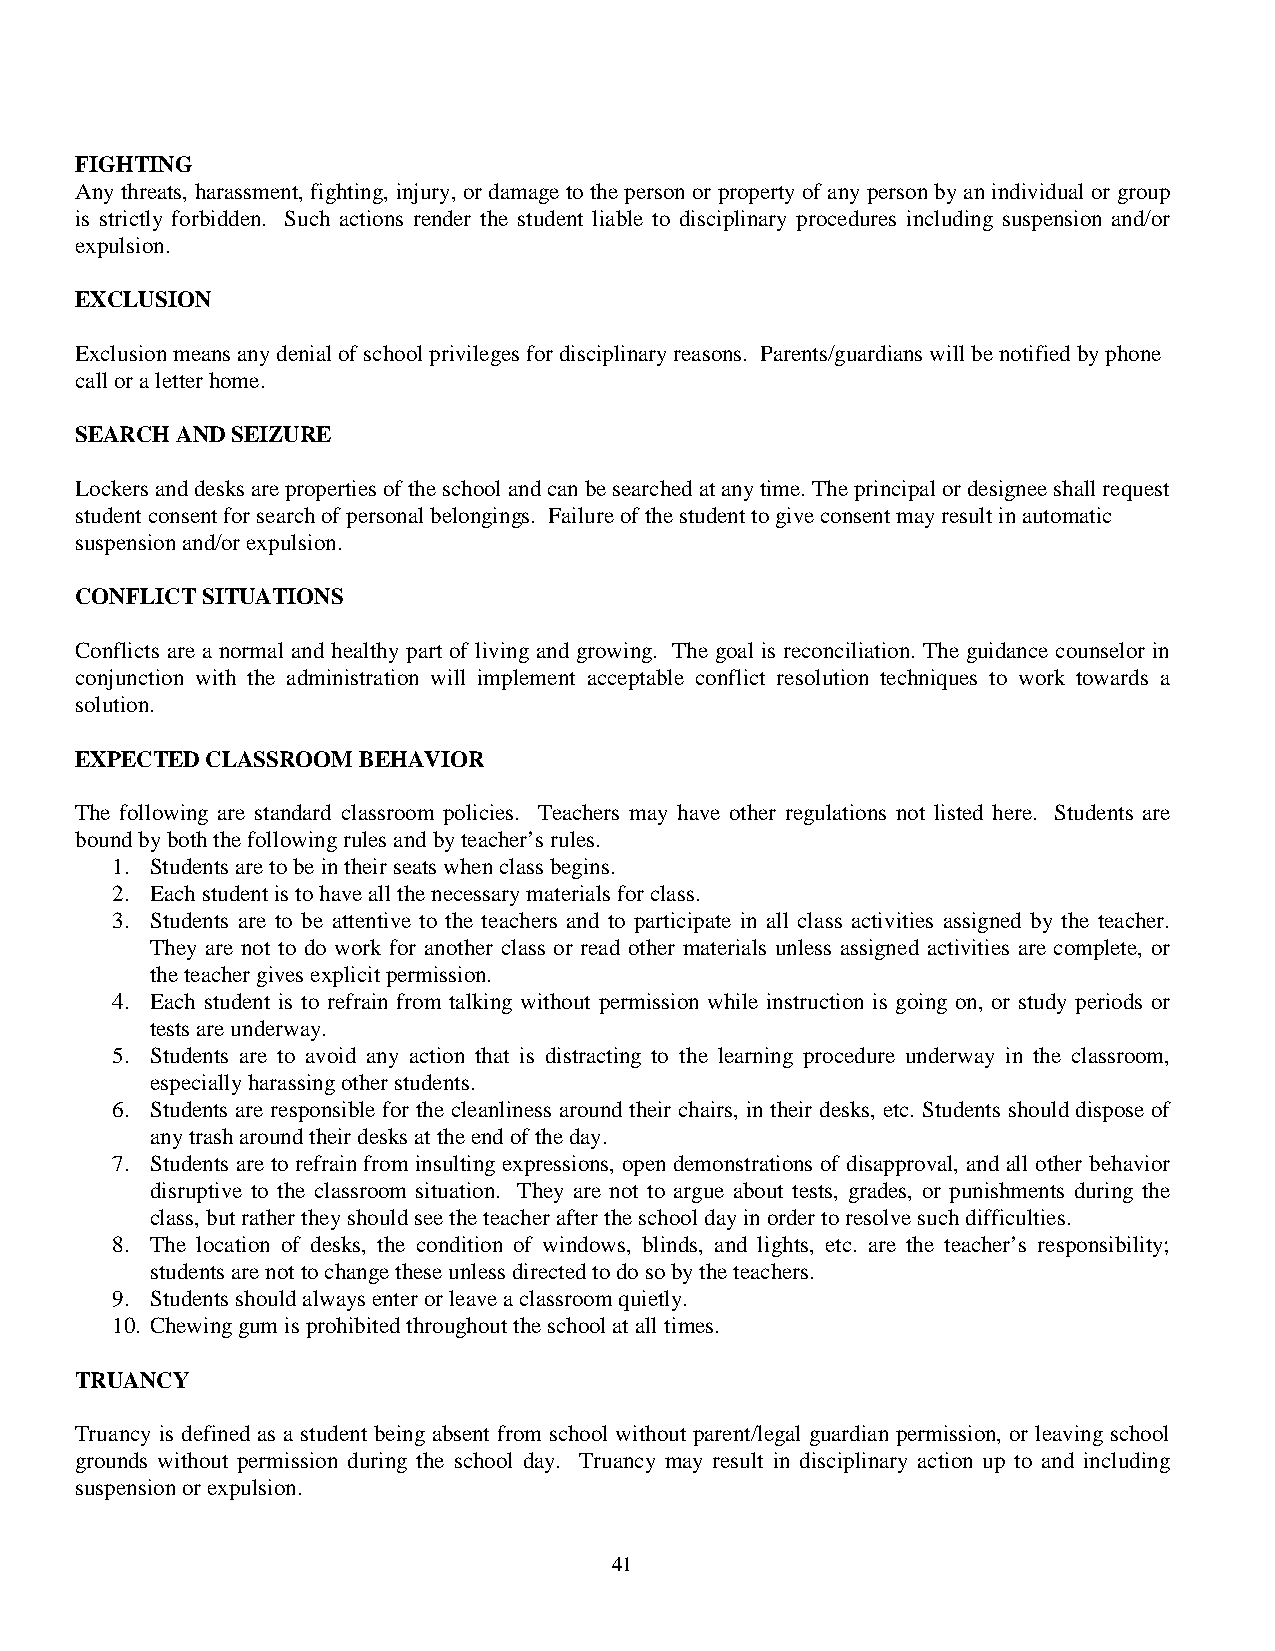
FIGHTING
 Any threats, harassment, fighting, injury, or damage to the person or property of any person by an individual or group
 is strictly forbidden. Such actions render the student liable to disciplinary procedures including suspension and/or
 expulsion.
 EXCLUSION
 Exclusion means any denial of school privileges for disciplinary reasons. Parents/guardians will be notified by phone
 call or a letter home.
 SEARCH AND SEIZURE
 Lockers and desks are properties of the school and can be searched at any time. The principal or designee shall request
 student consent for search of personal belongings. Failure of the student to give consent may result in automatic
 suspension and/or expulsion.
 CONFLICT SITUATIONS
 Conflicts are a normal and healthy part of living and growing. The goal is reconciliation. The guidance counselor in
 conjunction with the administration will implement acceptable conflict resolution techniques to work towards a
 solution.
 EXPECTED CLASSROOM BEHAVIOR
 The following are standard classroom policies. Teachers may have other regulations not listed here. Students are
 bound by both the following rules and by teacher’s rules.
 1. Students are to be in their seats when class begins.
 2. Each student is to have all the necessary materials for class.
 3. Students are to be attentive to the teachers and to participate in all class activities assigned by the teacher.
 They are not to do work for another class or read other materials unless assigned activities are complete, or
 the teacher gives explicit permission.
 4. Each student is to refrain from talking without permission while instruction is going on, or study periods or
 tests are underway.
 5. Students are to avoid any action that is distracting to the learning procedure underway in the classroom,
 especially harassing other students.
 6. Students are responsible for the cleanliness around their chairs, in their desks, etc. Students should dispose of
 any trash around their desks at the end of the day.
 7. Students are to refrain from insulting expressions, open demonstrations of disapproval, and all other behavior
 disruptive to the classroom situation. They are not to argue about tests, grades, or punishments during the
 class, but rather they should see the teacher after the school day in order to resolve such difficulties.
 8. The location of desks, the condition of windows, blinds, and lights, etc. are the teacher’s responsibility;
 students are not to change these unless directed to do so by the teachers.
 9. Students should always enter or leave a classroom quietly.
 10. Chewing gum is prohibited throughout the school at all times.
 TRUANCY
 Truancy is defined as a student being absent from school without parent/legal guardian permission, or leaving school
 grounds without permission during the school day. Truancy may result in disciplinary action up to and including
 suspension or expulsion.
 41